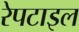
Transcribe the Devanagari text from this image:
रेपटाइल